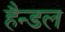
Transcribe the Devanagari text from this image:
हैन्डल